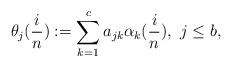
LaTeX: \begin{align*}\theta_j(\frac{i}{n}):=\sum_{k=1}^c a_{jk} \alpha_k(\frac{i}{n}), \ j \leq b,\end{align*}